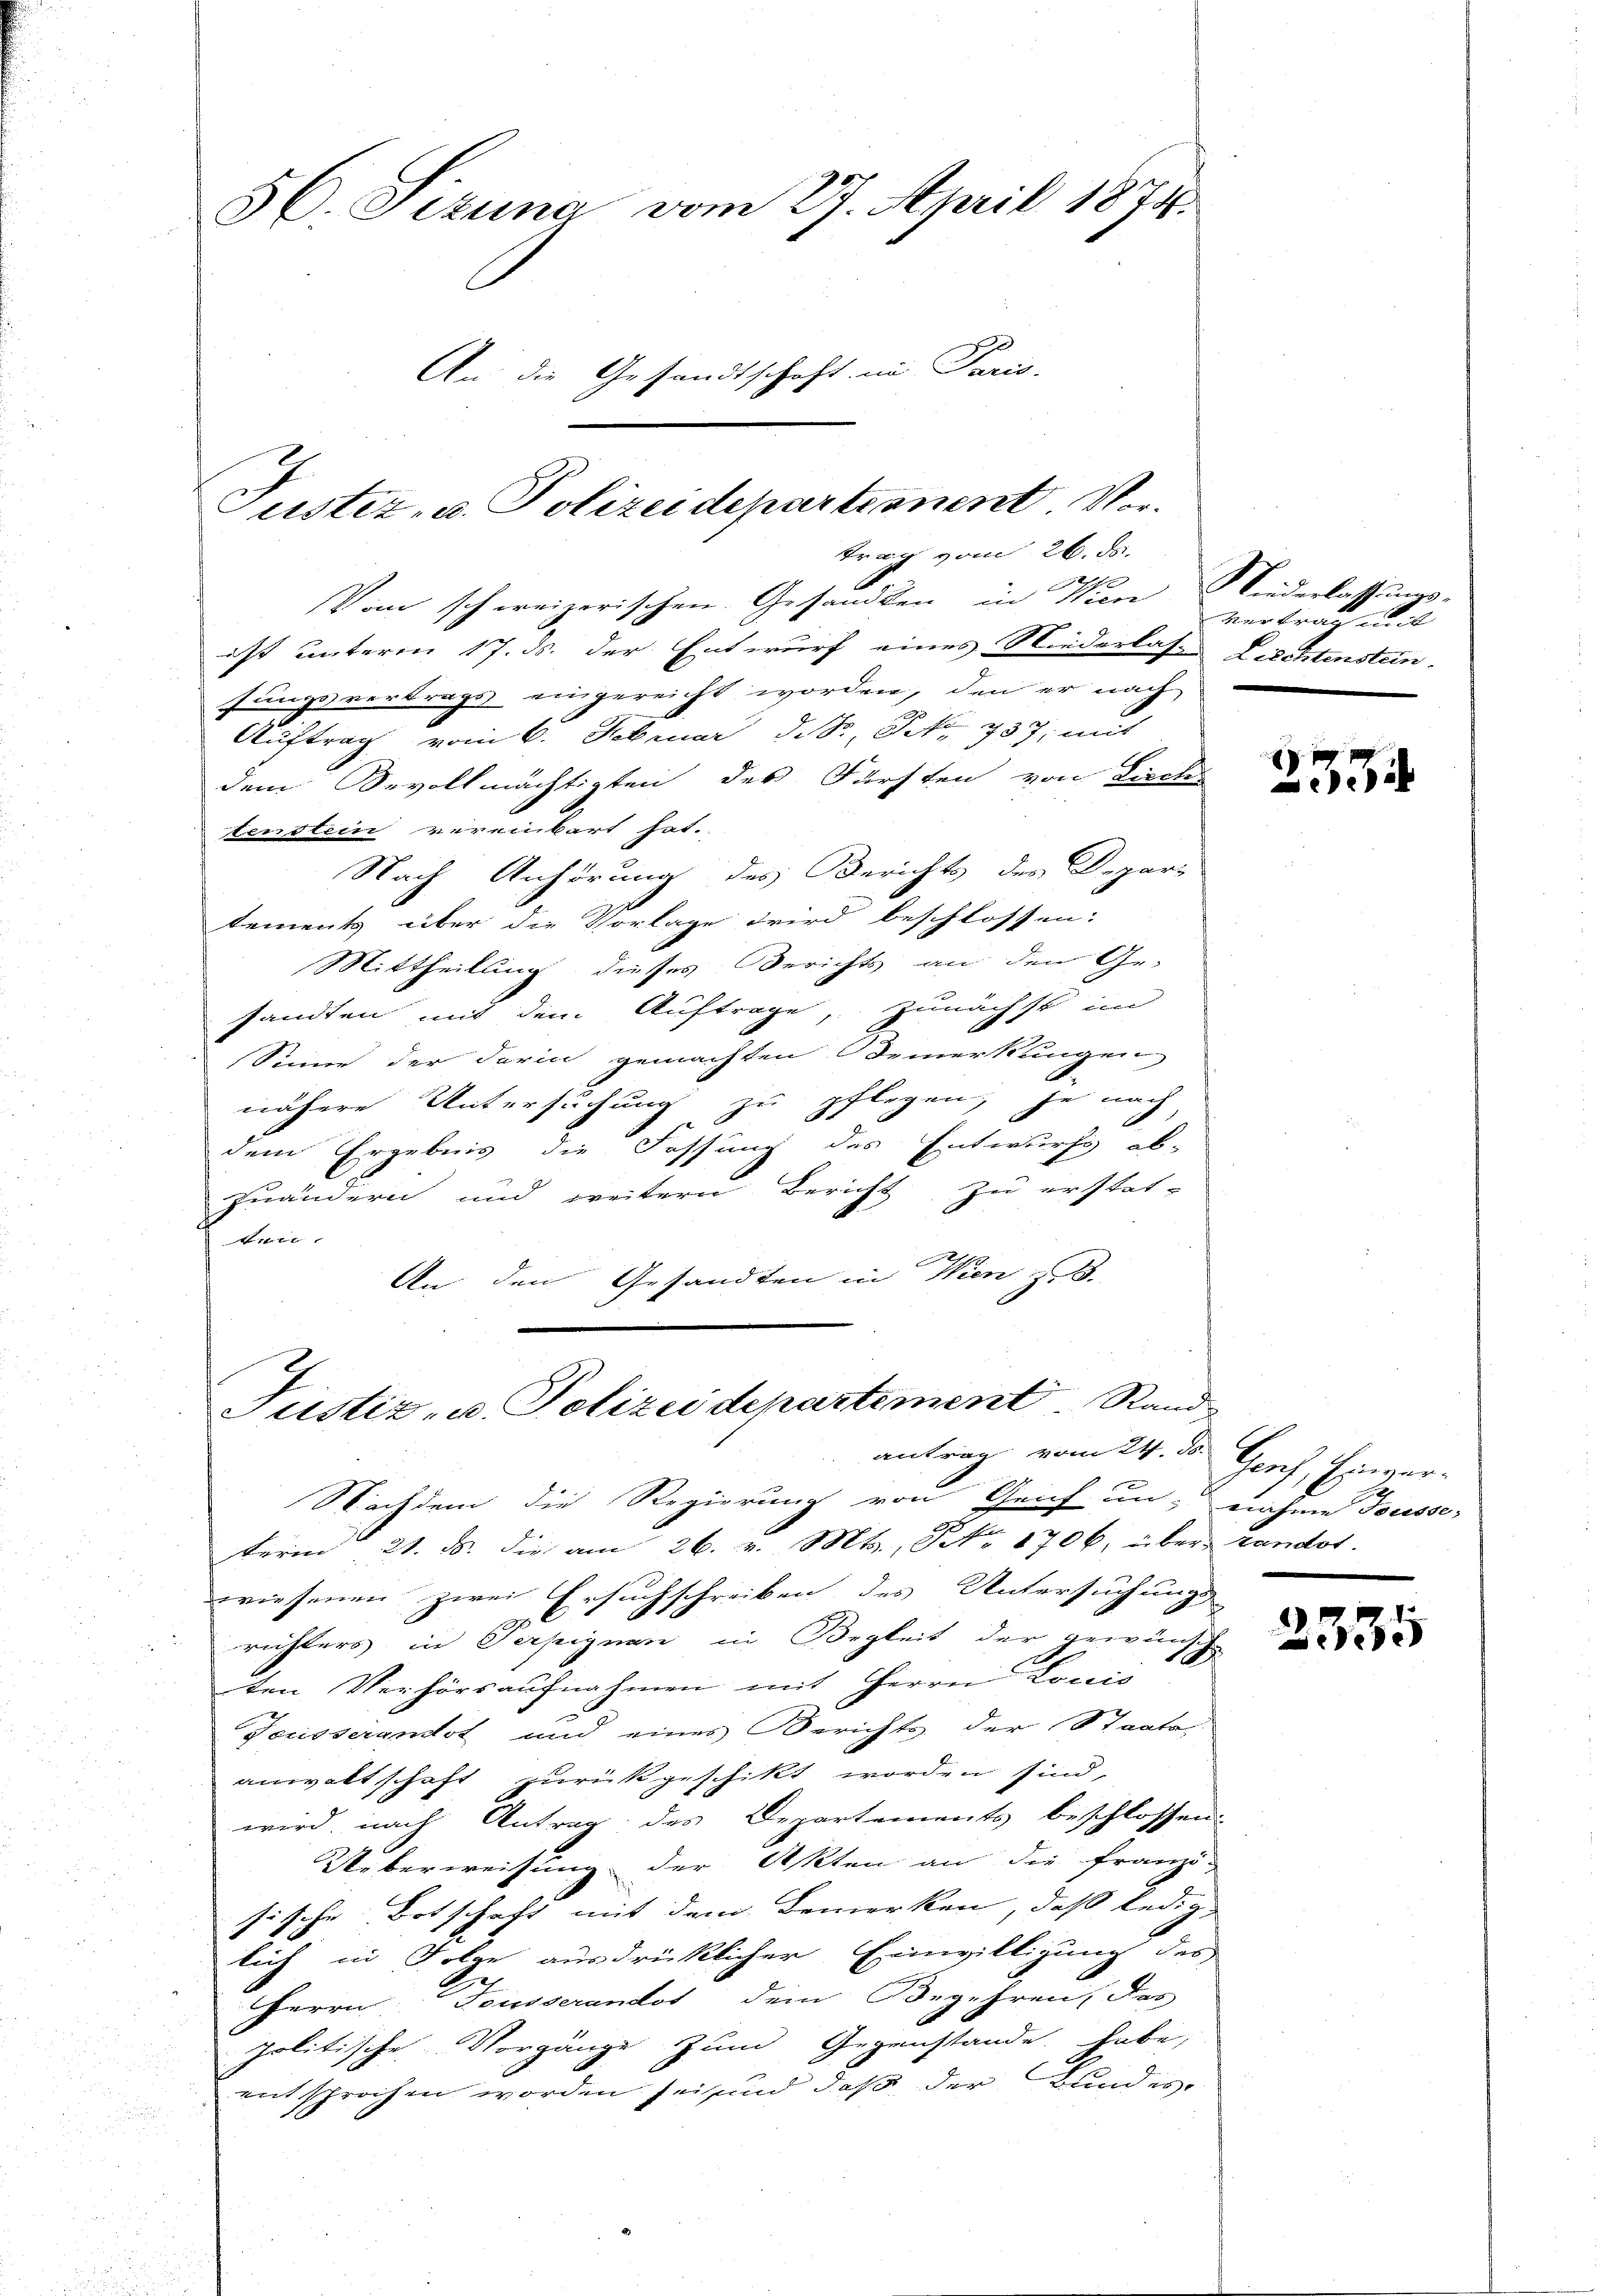
5C. Situng vom 27. April 1874.
An die Gesandtschaft in Paris.

Justiz- u. Polizeidepartement Vortrag vom 26. d.

e
Vom schweizerischen Gesandten in Wien Niederlassungs-
ist unterm 17. ds. der Entwurf eines Niederlas- Fristenstein.
sungsvertrags eingereicht worden, den er nach
Auftrag vom 6. Februar d. S. Oct. 737. mit
dem Bevollmächtigten des Färsten von Lich
tenstein vereinbart hat.
Nach Anhörung des Berichts der Depar-
tements über die Vorlage wird beschlossen:
Mittheilung dieses Berichts an den Ge-
sandten mit dem Auftrage, zunächst im
Sinne der darin gemachten Bemerkungen
nähere Untersuchung zu pflegen, je nach
dem Ergebnis die Fassung des Entwurf ab-
zuändern und weitern Bericht zu erstat-
1
An den Gesandten in Wien z. B.

Justiz- u. Polizeidepartement Rand-
antrag vom 24. d. Genf, Einver¬

Nachdem die Regierung von Geich un nahme Tousser
term 21. ds. die am 26. v. Mts., Nr. 1706, über Landot.
schreiben des Untersuchungs
wiesenen zwei Ersuch
richters in Perpignen in Begleit der gewünsch
ten Verhörsaufnahmen mit Herrn Louis
Terisseranstot und eines Berichts der Staats-
anwaltschaft zurückgeschikt worden sind,
wird, nach Antrag des Departements beschlossen.
Ueberweisung der Akten an die Franzi-
sische Botschaft mit dem Bemerken, daß lediglich in Folge ausdrücklicher Einwilligung des
Herrn Deusserandot dem Begehren, das
politische Vorgänge zum Gegenstände habe,
entsprochen worden sei und daß der Bunder¬

verer mit

2334

2335